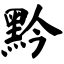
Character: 黔